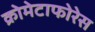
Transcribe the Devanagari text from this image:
क्रोमेटाफोरेस